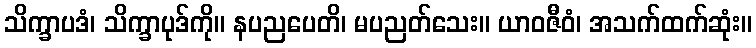
သိက္ခာပဒံ၊ သိက္ခာပုဒ်ကို။ နပညပေတိ၊ မပညတ်သေး။ ယာဝဇီဝံ၊ အသက်ထက်ဆုံး။